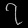
Digit: ၇